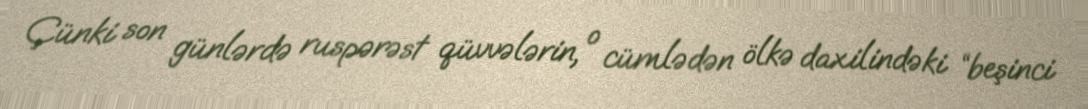
Çünki son günlərdə ruspərəst qüvvələrin, o cümlədən ölkə daxilindəki “beşinci